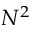
N ^ { 2 }